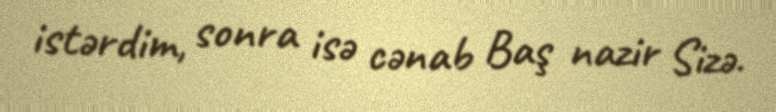
istərdim, sonra isə cənab Baş nazir Sizə.